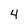
Character: 4